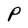
Character: P